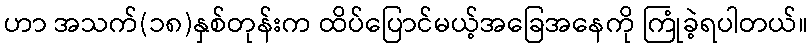
ဟာ အသက်(၁၈)နှစ်တုန်းက ထိပ်ပြောင်မယ့်အခြေအနေကို ကြုံခဲ့ရပါတယ်။